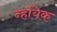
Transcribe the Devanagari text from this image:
न्हयिक